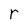
Character: r